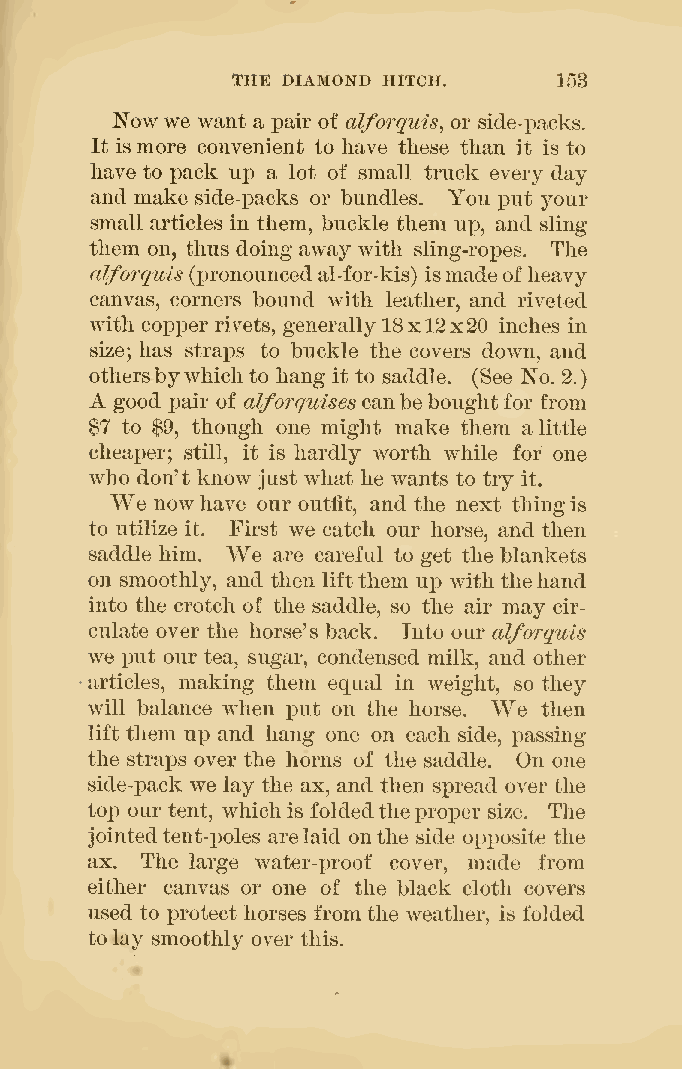
)
 THE DIAMOND HITCH.    153
 Nowwe want a pair of alforquis, or side-packs.
 It is more convenient to have these than it is to
 have to pack up a lot of small truck every day
 and make side-packs or bundles. You put your
 small articles in them, buckle them up, and sling
 them on, thus doing away with sling-ropes. The
 alforquis (pronouncedal-for-kis) ismadeofheavy
 canvas, corners bound with leather, and riveted
 with copj)er rivets, generally18x12x20 inches in
 size; has straps to buckle the covers down, and
 othersbywhichto hang it to saddle. (See No. 2.
 A
 good pair of alforquisescanbe boughtfor from
 $7 to $9, though one might make them alittle
 cheaper; still, it is hardly worth while for one
 who don't know just what he wants to try it.
 We nowhave our outfit, and the next thingis
 to utilize it. First we catch our horse, and then
 We
 saddle him. are careful to get the blankets
 on smoothly, and then liftthem up with thehand
 into the crotch of the saddle, so the air may cir-
 culate over the horse's back. Into our alforquis
 we put our tea, sugar, condensed milk, and other
 articles, making them equal in weight, so they
 will balance when put on the horse. We then
 lift them up and hang one on each side, passing
 the straps over the horns of the saddle. On one
 side-pack we lay the ax, and then spread over the
 top our tent, which is foldedtheproper size. The
 jointedtent-poles arelaid onthe side opposite the
 ax. The large water-proof cover, made from
 either canvas or one of the black cloth covers
 used to protect horses from the weather, is folded
 tolay smoothly over this.